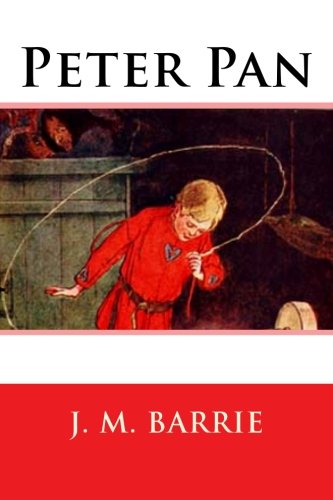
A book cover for Peter Pan; J. M. Barrie; Literature & Fiction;